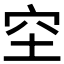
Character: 𥤧